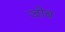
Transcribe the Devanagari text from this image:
जोब